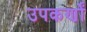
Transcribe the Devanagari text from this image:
उपकर्णों